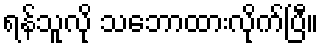
ရန်သူလို သဘောထားလိုက်ပြီ။